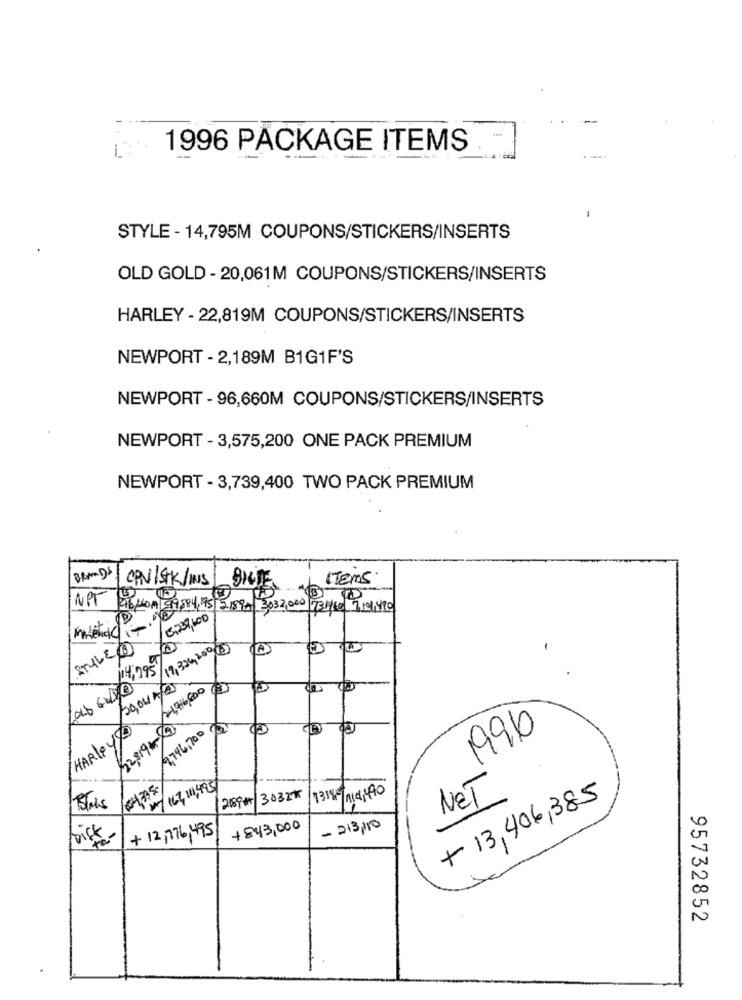
1996 PACKAGE ITEMS
STYLE - 14,795M COUPONS/STICKERS/INSERTS
OLD GOLD - 20,061M COUPONS/STICKERS/INSERTS
HARLEY - 22,819M COUPONS/STICKERS/INSERTS
NEWPORT - 2,189M B1G1F'S
NEWPORT - 96,660M COUPONS/STICKERS/INSERTS
NEWPORT - 3,575,200 ONE PACK PREMIUM
NEWPORT - 3,739,400 TWO PACK PREMIUM
BRANDS
CPV/STK/HUS
BILDE
ITEMS
NPT ABLOM 99584,45 2159- 3032,000 731/60 7101490
5237,600
STYLED
17,324,2000
1.4,995/
50,04 1/2
14,716,000
HARLEYSO
2,746,700
1996
08-461825
167, 11,495
2159#/3032*
1319- 114,490
NET
+ 13,406,385
+ 12,776, 495
+ 843,000
- 213,10
95732852